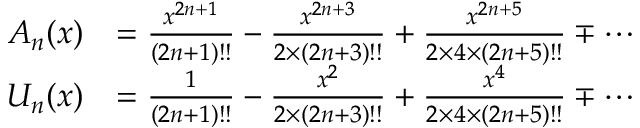
{ \begin{array} { r l } { A _ { n } ( x ) } & { = { \frac { x ^ { 2 n + 1 } } { ( 2 n + 1 ) ! ! } } - { \frac { x ^ { 2 n + 3 } } { 2 \times ( 2 n + 3 ) ! ! } } + { \frac { x ^ { 2 n + 5 } } { 2 \times 4 \times ( 2 n + 5 ) ! ! } } \mp \cdots } \\ { U _ { n } ( x ) } & { = { \frac { 1 } { ( 2 n + 1 ) ! ! } } - { \frac { x ^ { 2 } } { 2 \times ( 2 n + 3 ) ! ! } } + { \frac { x ^ { 4 } } { 2 \times 4 \times ( 2 n + 5 ) ! ! } } \mp \cdots } \end{array} }